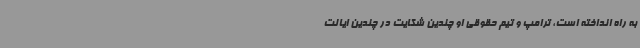
به راه انداخته است، ترامپ و تیم حقوقی او چندین شکایت در چندین ایالت